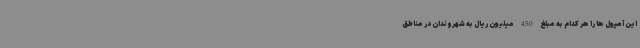
این آمپول ها را هر کدام به مبلغ 450 میلیون ریال به شهروندان در مناطق